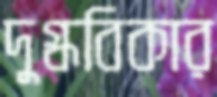
দুগ্ধবিকার